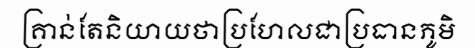
គ្រាន់តែនិយាយថាប្រហែលជាប្រធានភូមិ